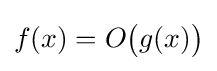
f(x)=O{\bigl (}g(x){\bigr )}